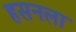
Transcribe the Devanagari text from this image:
हसनला